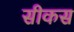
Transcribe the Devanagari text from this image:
सीकस